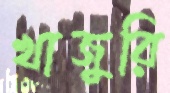
খাজুরি